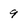
Character: 9